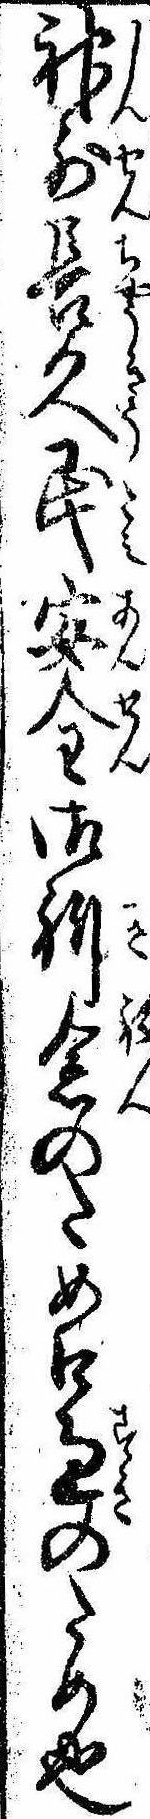
神前長久民安全御祈念のため口過のため也